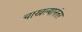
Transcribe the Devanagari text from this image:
चाखल्यानंतर